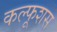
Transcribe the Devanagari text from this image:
कल्फूशस